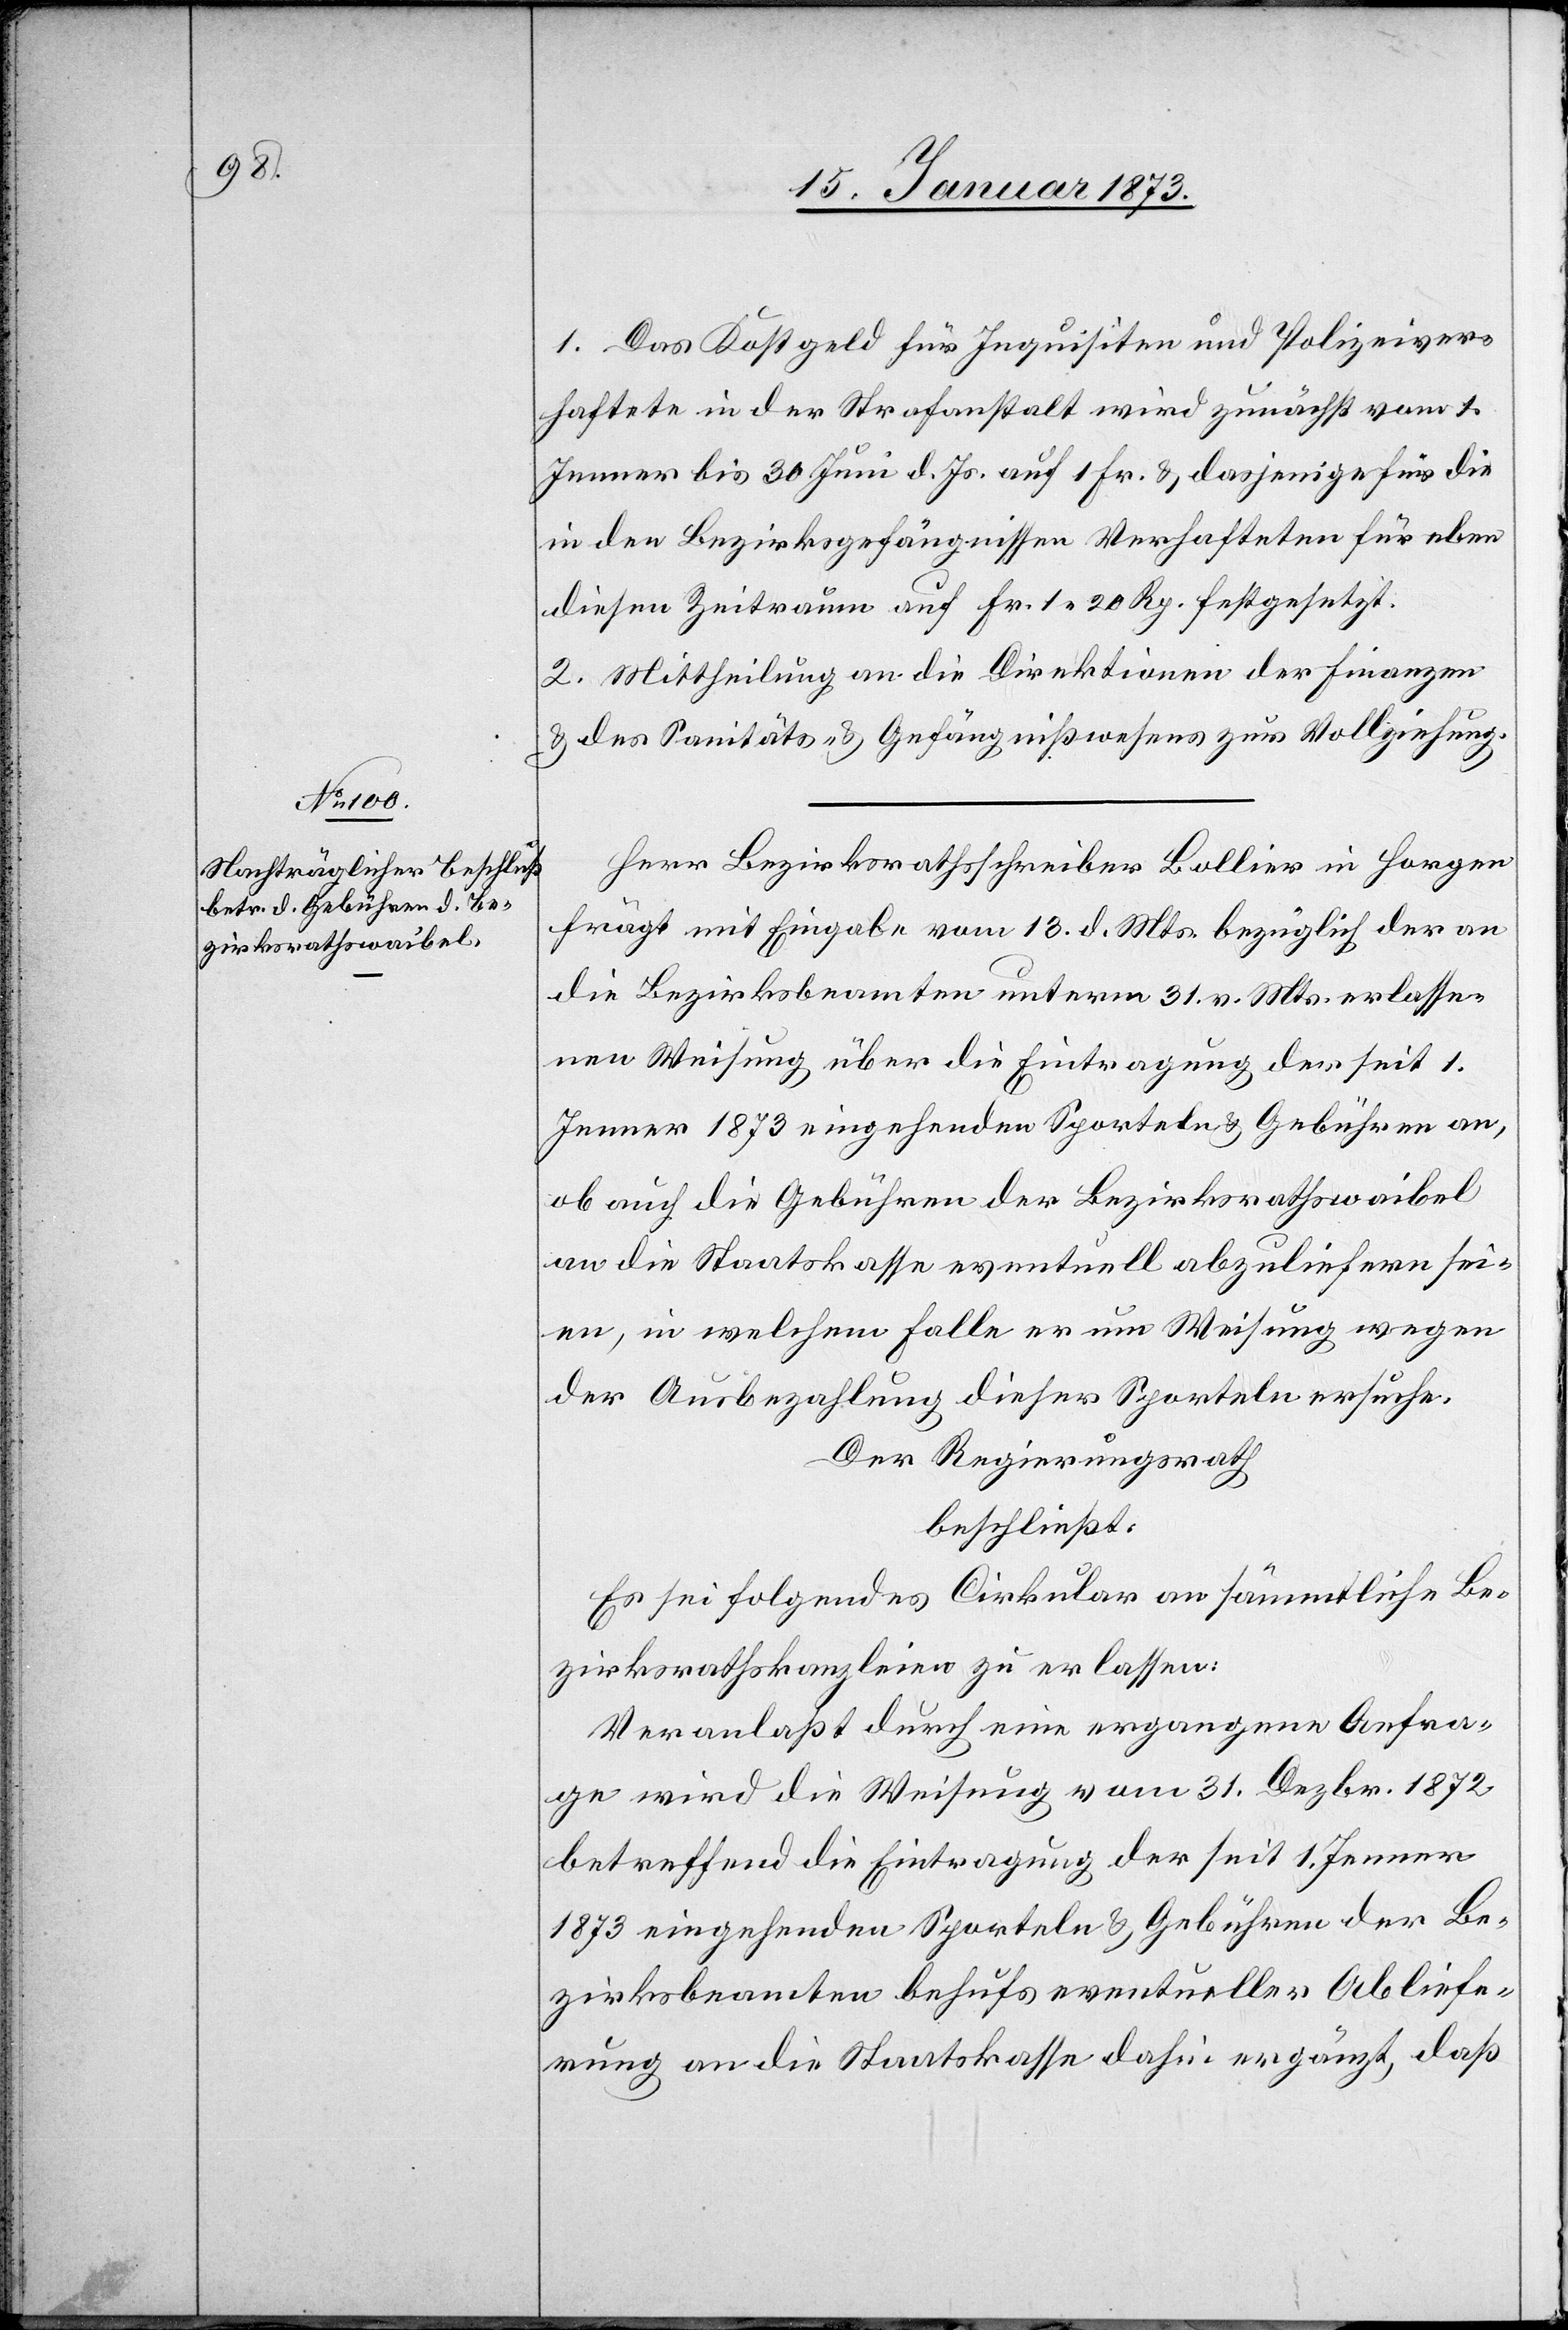
1. Das Kostgeld für Inquisiten und Polizeiver¬
haftete in der Strafanstalt wird zunächst vom 1.
Jenner bis 30. Juni d. Js. auf 1 Fr. u. dasjenige für die
in den Bezirksgefängnissen Verhafteten für eben
diesen Zeitraum auf Fr. 1. 20 Rp. festgesetzt.
2. Mittheilung an die Direktion der Finanzen
u. des Sanitäts- u. Gefängnißwesens zur Vollziehung.
Herr Bezirksrathsschreiber Bollier in Horgen
frägt mit Eingabe vom 13. d. Mts. bezüglich der an
die Bezirksbeamten unterm 31. v. Mts. erlasse¬
nen Weisung über die Eintragung der seit 1.
Jenner 1873 eingehenden Sporteln u. Gebühren an,
ob auch die Gebühren der Bezirksrathswaibel
an die Staatskasse eventuell abzuliefern sei¬
en, in welchem Falle er um Weisung wegen
der Ausbezahlung dieser Sporteln ersuche.
Der Regierungsrath
beschließt:
Es sei folgendes Cirkular an sämmtliche Be¬
zirksrathskanzleien zu erlassen:
Veranlaßt durch eine ergangene Anfra¬
ge wird die Weisung vom 31. Dezbr. 1872
betreffend die Eintragung der seit 1. Jenner
1873 eingehenden Sporteln u. Gebühren der Be¬
zirksbeamten behufs eventueller Abliefe¬
rung an die Staatskasse dahin ergänzt, daß